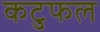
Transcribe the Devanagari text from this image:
कटुफल